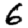
Digit: 6